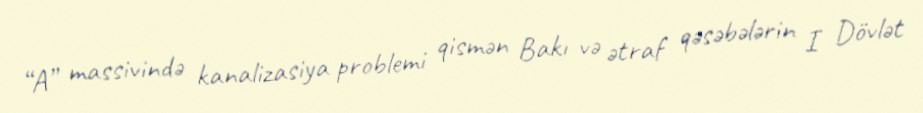
“A” massivində kanalizasiya problemi qismən Bakı və ətraf qəsəbələrin I Dövlət